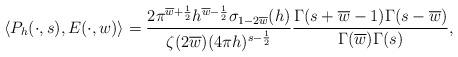
LaTeX: \begin{align*} \left\langle P_h(\cdot,s),E(\cdot,w)\right\rangle =\frac{2\pi^{\overline{w}+\frac{1}{2}} h^{\overline{w}-\frac{1}{2}}\sigma_{1-2\overline{w}}(h)}{\zeta(2\overline{w})(4\pi h)^{s-\frac{1}{2}}}\frac{\Gamma(s+\overline{w}-1)\Gamma(s-\overline{w})}{\Gamma(\overline{w})\Gamma(s)},\end{align*}